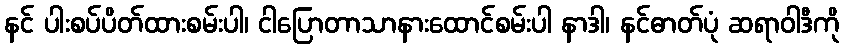
နင် ပါးစပ်ပိတ်ထားစမ်းပါ၊ ငါပြောတာသာနားထောင်စမ်းပါ နာဒါ၊ နင်ဓာတ်ပုံ ဆရာဝါဒီကို